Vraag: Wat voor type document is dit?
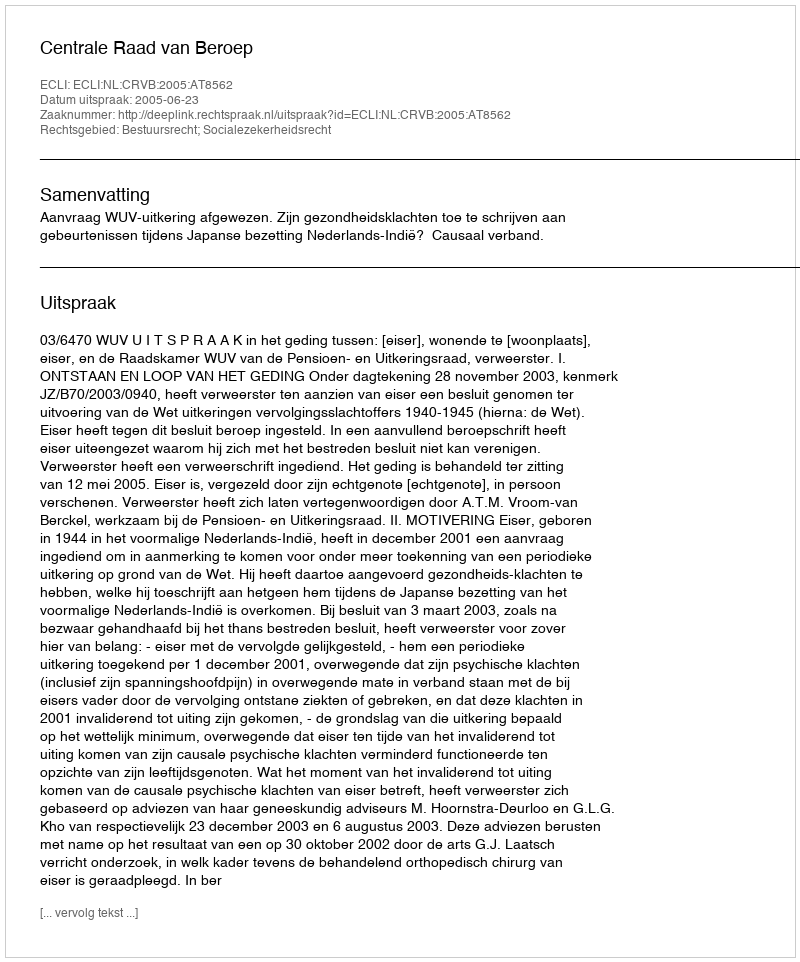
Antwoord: Uitspraak